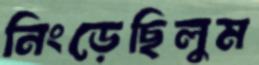
নিংড়েছিলুম